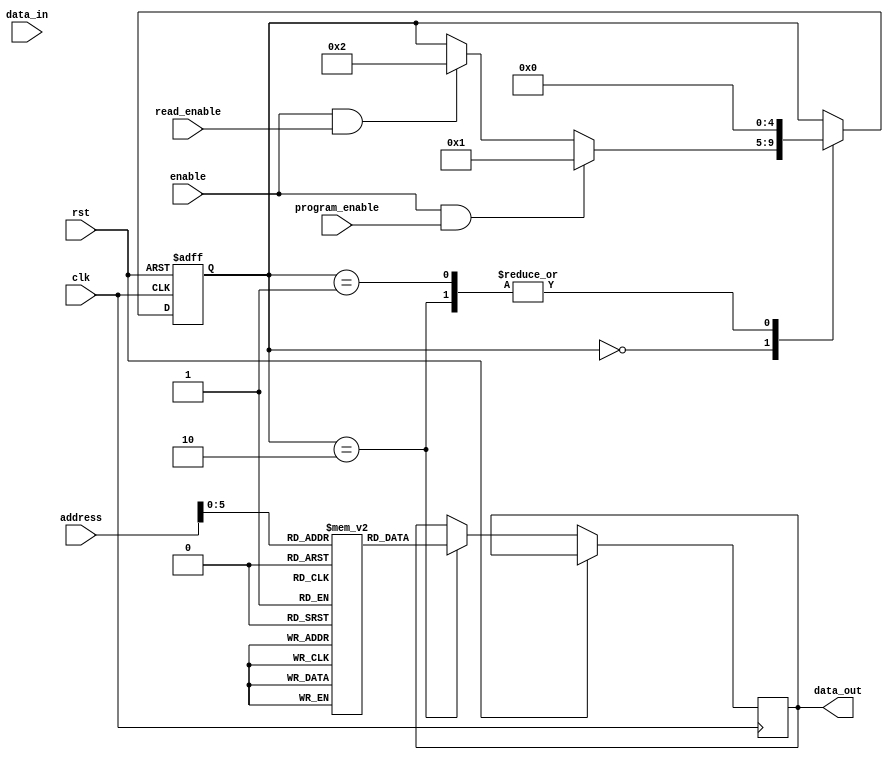
module AntiFuse_ROM(
    input wire clk,
    input wire rst,
    input wire enable,
    input wire program_enable,
    input wire read_enable,
    input wire [31:0] address,
    input wire [31:0] data_in,
    output reg [31:0] data_out
);

// Memory block parameters
parameter NUM_BLOCKS = 64; // Number of memory blocks
parameter WORD_SIZE = 32; // Size of each memory block in bits

// Memory block definition
reg [WORD_SIZE-1:0] memory[NUM_BLOCKS];

// Control logic
reg [4:0] state;
parameter IDLE = 5'b00000;
parameter PROGRAMMING = 5'b00001;
parameter READING = 5'b00010;

always @(posedge clk or posedge rst) begin
    if (rst) begin
        state <= IDLE;
    end else begin
        case (state)
            IDLE: begin
                if (enable && program_enable) begin
                    state <= PROGRAMMING;
                end else if (enable && read_enable) begin
                    state <= READING;
                end
            end
            PROGRAMMING: begin
                // Program memory blocks (blow anti-fuses)
                // Code to be added
                state <= IDLE;
            end
            READING: begin
                // Read stored data from memory blocks
                data_out <= memory[address];
                state <= IDLE;
            end
        endcase
    end
end

endmodule